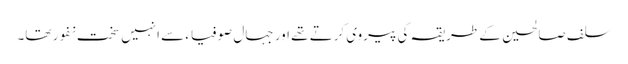
سلف صالحین کے طریقہ کی پیروی کرتے تھے اور جہال صوفیاء سے انہیں سخت نفور تھا۔